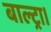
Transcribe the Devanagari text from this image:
बाल्ट्रा।